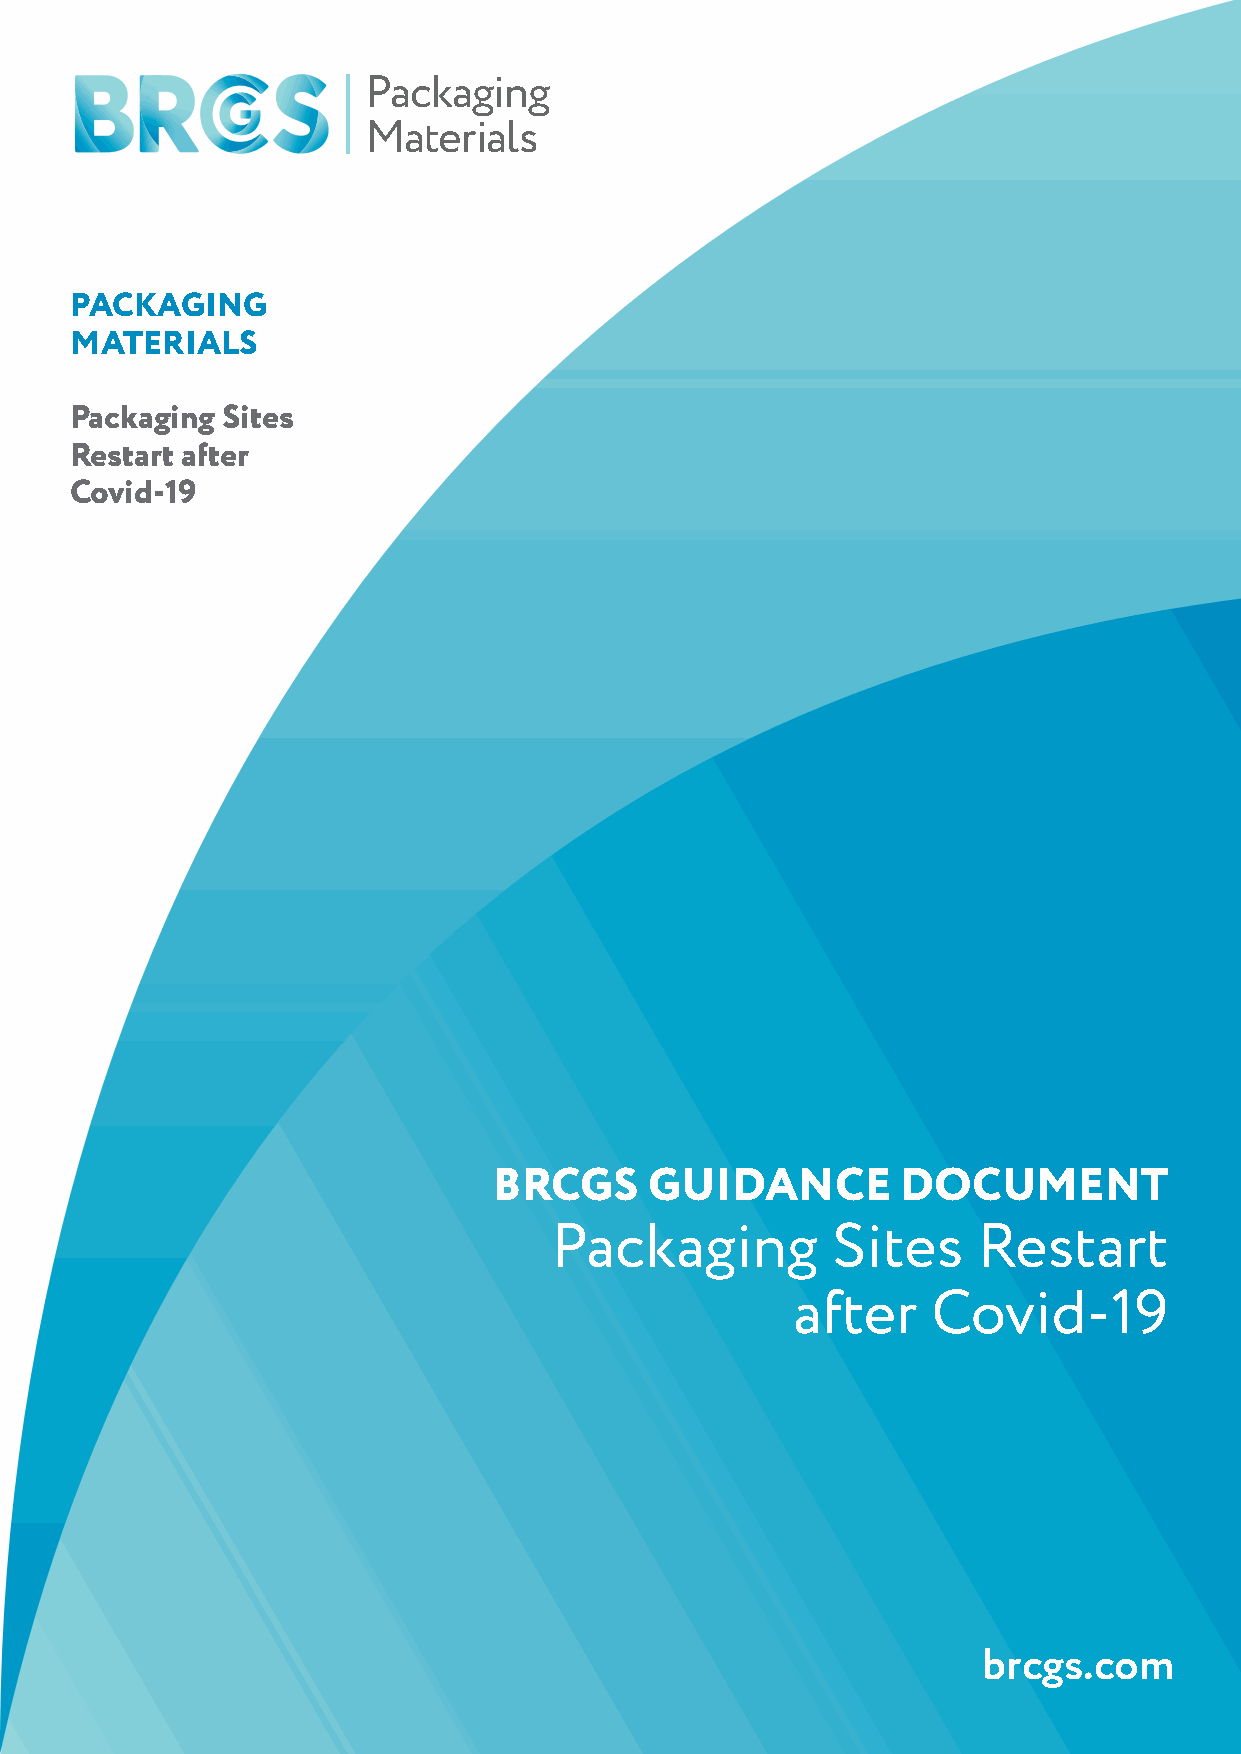
Packaging
 Materials
 PACKAGING
 MATERIALS
 Packaging Sites
 Restart after
 Covid-19
 BRCGS     GUIDANCE         DOCUMENT
 Packaging          Sites     Restart
 after     Covid-19
 brcgs.com